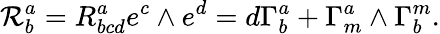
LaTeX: {\cal R}_{b}^{a}=R_{bcd}^{a}e^{c}\wedge e^{d}=d\Gamma_{b}^{a}+\Gamma_{m}^{a}\wedge\Gamma_{b}^{m}.